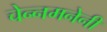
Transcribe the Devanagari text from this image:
चेन्नमनेनी